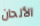
الألحان